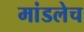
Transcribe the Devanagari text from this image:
मांडलेच